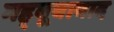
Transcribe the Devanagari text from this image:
मह्बूबाबाद